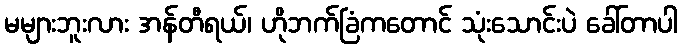
မများဘူးလား အန်တီရယ်၊ ဟိုဘက်ခြံကတောင် သုံးသောင်းပဲ ခေါ်တာပါ